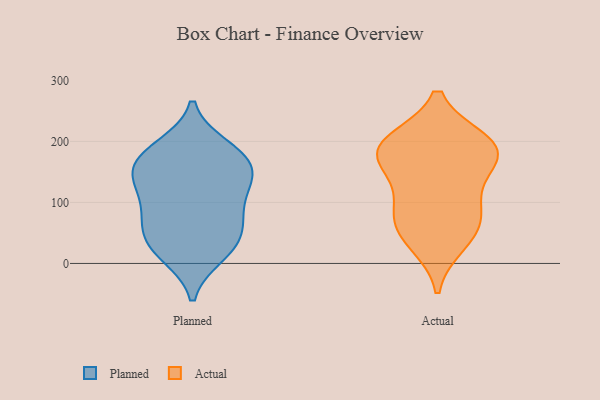
{"axis": {"x": "Shipments", "y": "Value"}, "legend": ["Actual", "Planned"], "data": [{"x": "", "y": 166, "type": "Planned"}, {"x": "", "y": 190, "type": "Planned"}, {"x": "", "y": 158, "type": "Planned"}, {"x": "", "y": 71, "type": "Planned"}, {"x": "", "y": 16, "type": "Planned"}, {"x": "", "y": 98, "type": "Planned"}, {"x": "", "y": 67, "type": "Planned"}, {"x": "", "y": 135, "type": "Planned"}, {"x": "", "y": 68, "type": "Planned"}, {"x": "", "y": 122, "type": "Planned"}, {"x": "", "y": 192, "type": "Planned"}, {"x": "", "y": 13, "type": "Planned"}, {"x": "", "y": 128, "type": "Planned"}, {"x": "", "y": 152, "type": "Planned"}, {"x": "", "y": 39, "type": "Planned"}, {"x": "", "y": 31, "type": "Planned"}, {"x": "", "y": 172, "type": "Planned"}, {"x": "", "y": 62, "type": "Actual"}, {"x": "", "y": 192, "type": "Actual"}, {"x": "", "y": 106, "type": "Actual"}, {"x": "", "y": 199, "type": "Actual"}, {"x": "", "y": 56, "type": "Actual"}, {"x": "", "y": 182, "type": "Actual"}, {"x": "", "y": 34, "type": "Actual"}, {"x": "", "y": 197, "type": "Actual"}, {"x": "", "y": 169, "type": "Actual"}, {"x": "", "y": 166, "type": "Actual"}, {"x": "", "y": 95, "type": "Actual"}]}